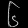
Digit: ၆